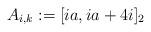
LaTeX: \begin{align*}A_{i,k} & := [ia, ia + 4i]_2\end{align*}